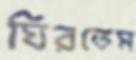
ঘিরতেম